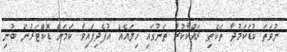
ނުވަތަ ކުޑަކަމުދާ ތަކެތި ރައްކާކުރާ ތަނުގައި ހިލައެއް އުފެދިފައިވާ ކަމަށް ޑޮކްޓަރުން ބުނި